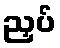
ညှပ်